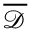
\overline { { \mathcal { D } } }